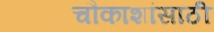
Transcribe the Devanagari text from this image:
चौकाशांसाठी